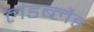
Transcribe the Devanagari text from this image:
लंडब्लैड